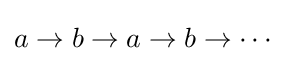
a\rightarrow b\rightarrow a\rightarrow b\rightarrow \cdots